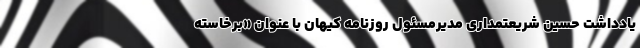
یادداشت حسین شریعتمداری مدیرمسئول روزنامه‌ کیهان با عنوان «برخاسته